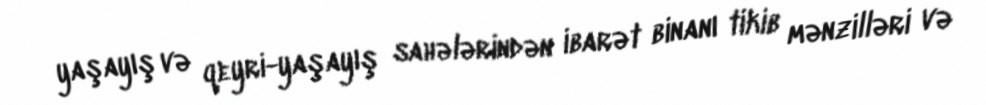
yaşayış və qeyri-yaşayış sahələrindən ibarət binanı tikib mənzilləri və